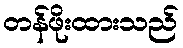
တန်ဖိုးထားသည်